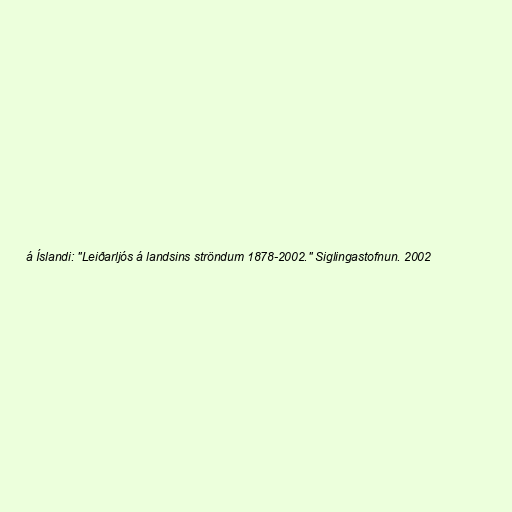
á Íslandi: "Leiðarljós á landsins ströndum 1878-2002." Siglingastofnun. 2002